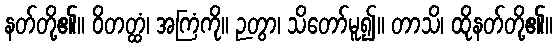
နတ်တို့၏။ ဝိတတ္ထံ၊ အကြံကို။ ဉတွာ၊ သိတော်မူ၍။ တာသိ၊ ထိုနတ်တို့၏။